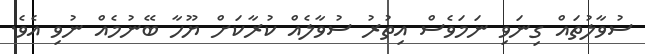
ސުވާލުތައް ގިނަވި ނަމަވެސް އިތުރު ސުވާލެއް ކުރާކަށް ޔޫހާ ބޭނުމެއް ނުވި އެވެ.